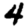
Digit: 4